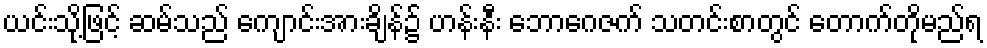
ယင်းသို့ဖြင့် ဆမ်သည် ကျောင်းအားချိန်၌ ဟန်းနီး ဘောဂေဇက် သတင်းစာတွင် တောက်တိုမည်ရ